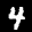
Label: 4